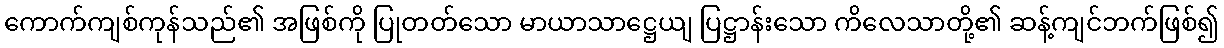
ကောက်ကျစ်ကုန်သည်၏ အဖြစ်ကို ပြုတတ်သော မာယာသာဋ္ဌေယျ ပြဋ္ဌာန်းသော ကိလေသာတို့၏ ဆန့်ကျင်ဘက်ဖြစ်၍